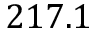
2 1 7 . 1